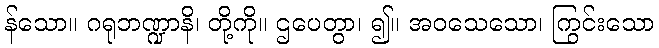
န်သော။ ဂရုဘဏ္ဍာနိ၊ တို့ကို။ ဌပေတွာ၊ ၍။ အဝသေသော၊ ကြွင်းသော